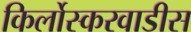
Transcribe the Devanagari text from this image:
किर्लोस्करवाडीस